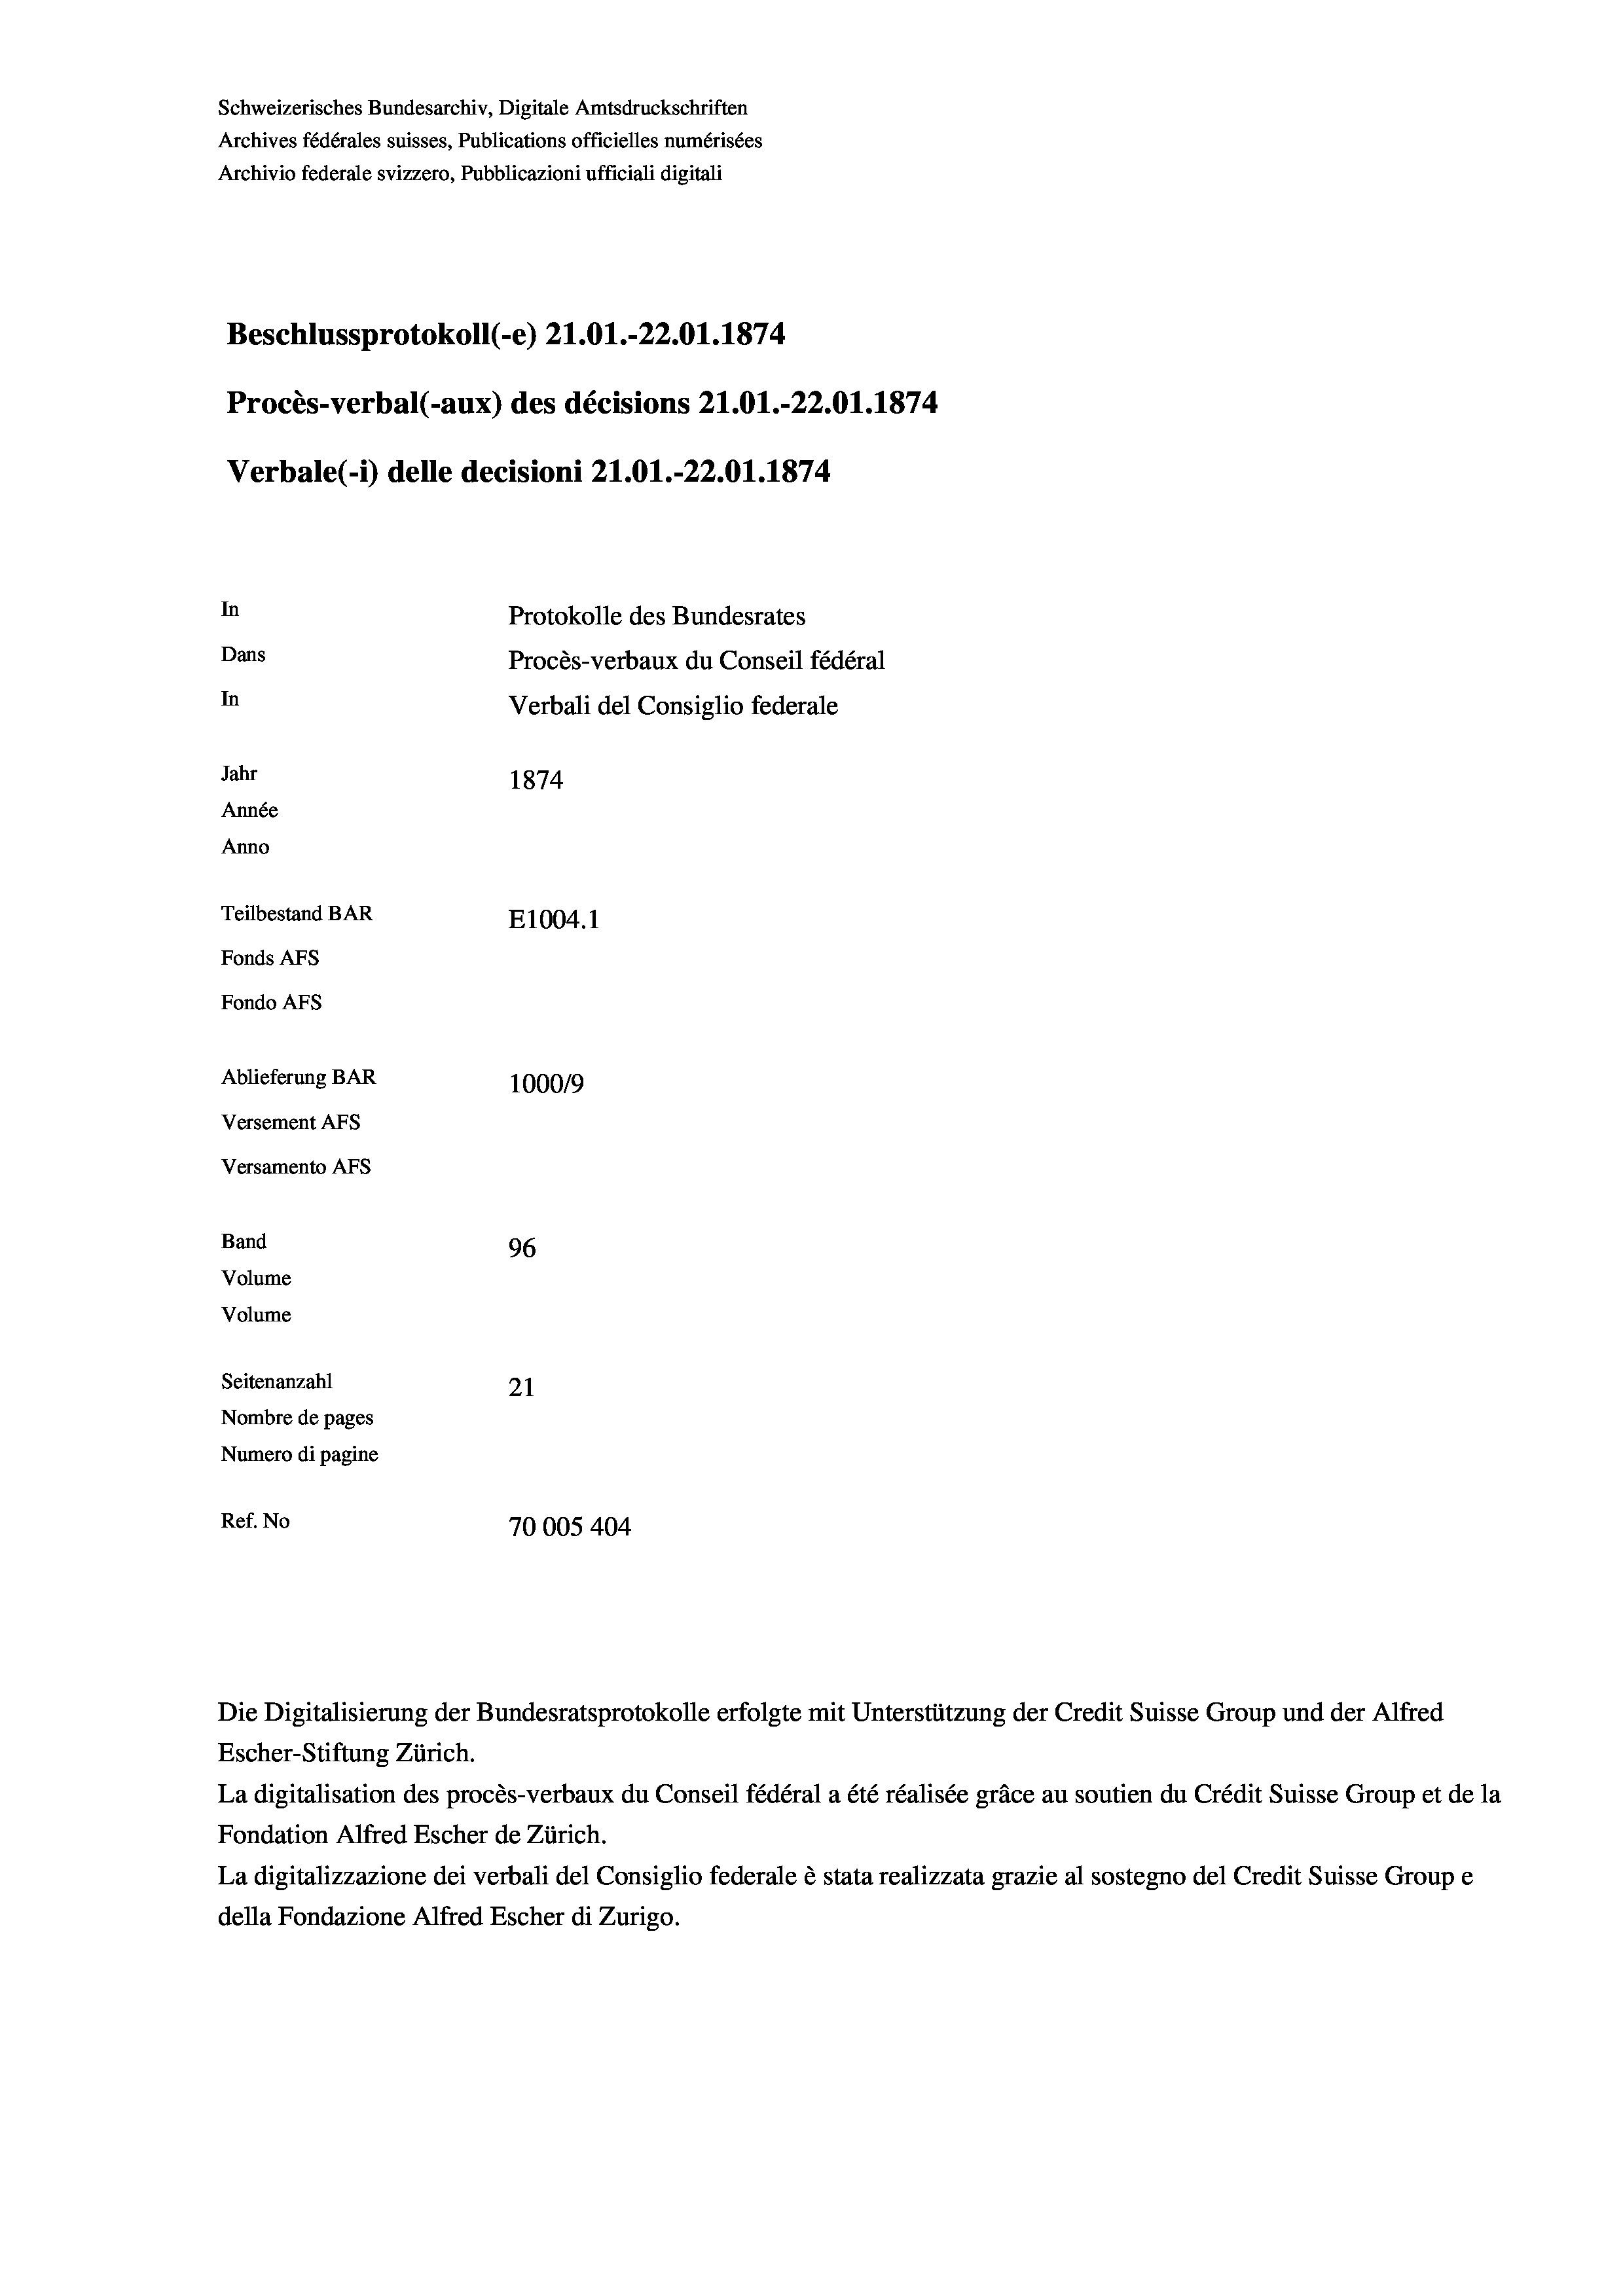
Schweizerisches Bundesarchiv, Digitale Amtsdruckschriften
Archives fédérales suisses, Publications officielles numérisées
Archivio federale svizzero, Pubblicazioni ufficiali digitali
Beschlussprotokoll (-e) 21.01.-22.01. 1874
Procès-verbal (-aux) des décisions Z1.01.-22.01. 1874
Verbale(-*) delle decisioni 21.O1.-22.01. 1874
In
Protokolle des Bundesrates
Dans
Procès-verbaux du Conseil fédéral
In
Verbali del Consiglio federale
Jahr
1874
Année
Anno
Teilbestand BAR
E1004. 1
Fonds AFs
Fondo Afs
Ablieferung BAR
100019
Versement AFs
Versamento AFs
Band
96
Volume
Volume
Seitenanzahl
21

Nombre de pages
Numero di pagine
Ref. No
70005 404

La digitalisation des procès-verbaux du Conseil fédéral a été réalisée gräce au soutien du Crédit Suisse Group et de la
Fondation Alfred Escher de Zürich.
La digitalizzazione dei verbali del Consiglio federale è stata realizzata grazie al sostegno del Credit Suisse Groupe
della Fondazione Alfred Escher di Zurigo.

Die Digitalisierung der Bundesratsprotokolle erfolgte mit Unterstützung der Credit Suisse Group und der Alfred
Escher-Stiftung Zürich.